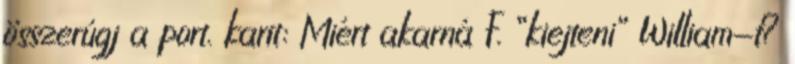
összerúgj a port. karit: Miért akarná F. “kiejteni” William-t?